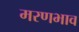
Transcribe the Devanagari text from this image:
मरणभाव